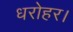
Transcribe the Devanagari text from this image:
धरोहर।